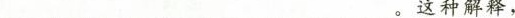
___________________________。这种解释，